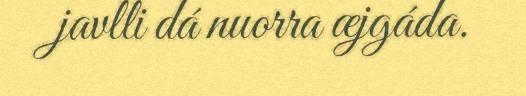
javlli dá nuorra æjgáda.